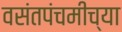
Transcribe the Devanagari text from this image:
वसंतपंचमीच्या